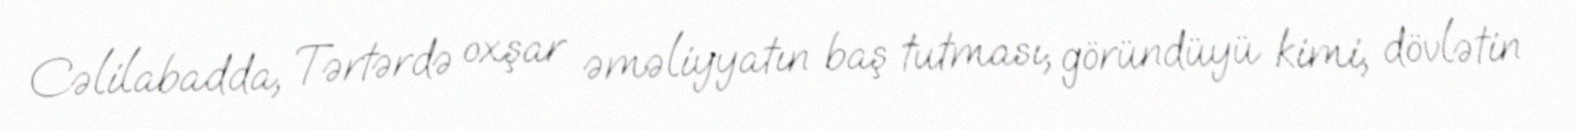
Cəlilabadda, Tərtərdə oxşar əməliyyatın baş tutması, göründüyü kimi, dövlətin